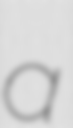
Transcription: a